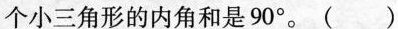
个小三角形的内角和是90°。( )